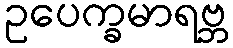
ဥပေက္ခမာရဗ္ဘ